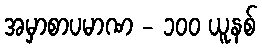
အမှာစာပမာဏ - ၁၀၀ ယူနစ်